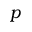
p